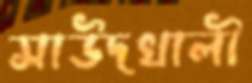
সাউদখালী